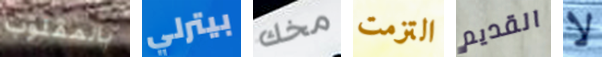
بالمقلوب بيترلي مخك التزمت القديم لا